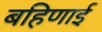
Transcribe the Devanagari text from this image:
बहिणाई